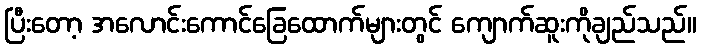
ပြီးတော့ အလောင်းကောင်ခြေထောက်များတွင် ကျောက်ဆူးကိုချည်သည်။